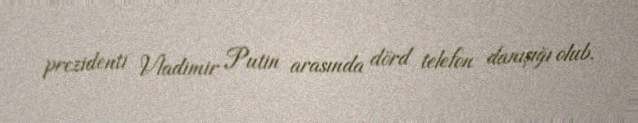
prezidenti Vladimir Putin arasında dörd telefon danışığı olub.